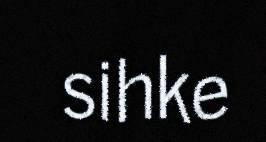
sihke